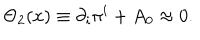
\Theta _ { 2 } ( x ) \equiv \partial _ { i } \pi ^ { i } + A _ { 0 } \approx 0 .